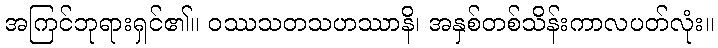
အကြင်ဘုရားရှင်၏။ ဝဿသတသဟဿာနိ၊ အနှစ်တစ်သိန်းကာလပတ်လုံး။